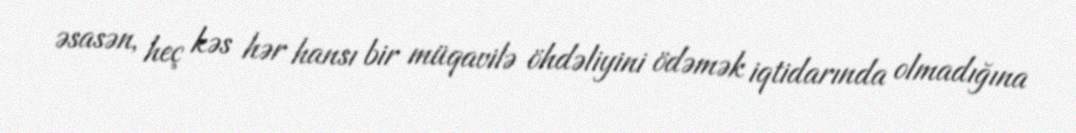
əsasən, heç kəs hər hansı bir müqavilə öhdəliyini ödəmək iqtidarında olmadığına